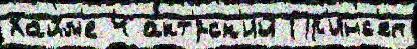
Хайм'е 4 акт'́рск'ий Пр'инс'еп